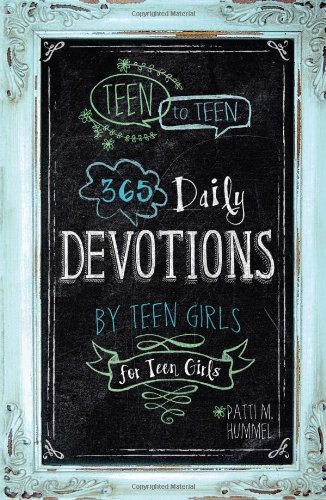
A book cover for Teen to Teen: 365 Daily Devotions by Teen Girls for Teen Girls; Christian Books & Bibles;